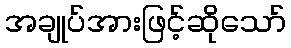
အချုပ်အားဖြင့်ဆိုသော်